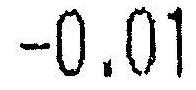
-0.01